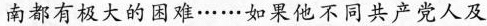
南都有极大的困难……如果他不同共产党人及